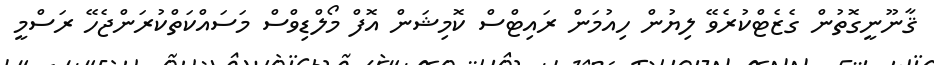
ޤާނޫނީގޮތުން ގެޒެޓްކުރެވޭ ލިޔުން ހިއުމަން ރައިޓްސް ކޮމިޝަން އޮފް މޯލްޑިވްސް މަސައްކަތްކުރަންޖެހޭ ރަސްމީ